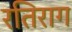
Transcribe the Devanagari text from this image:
रतिराग